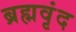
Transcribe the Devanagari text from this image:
ब्रह्मवृंद